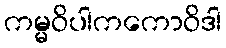
ကမ္မဝိပါကကောဝိဒါ